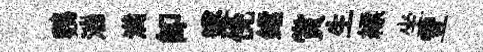
鸚湍满即遂俛鐺賞生縹坐豐